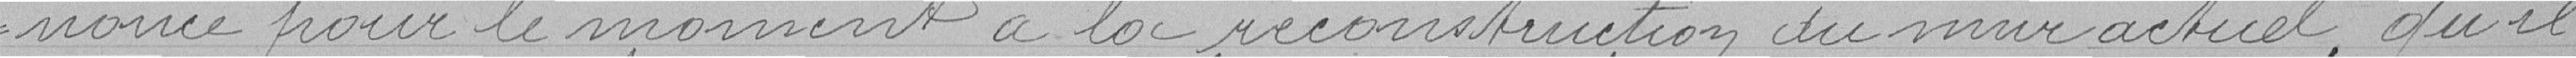
nonce pour le moment à la reconstruction du mur actuel, qu'il fera seulement quelques jointements et qu'il remplacera la palissade